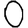
Digit: 0